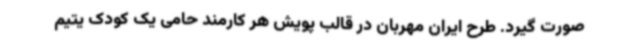
صورت گیرد. طرح ایران مهربان در قالب پویش هر کارمند حامی یک کودک یتیم